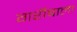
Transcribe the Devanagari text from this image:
गरीबाला